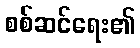
စစ်ဆင်ရေး၏